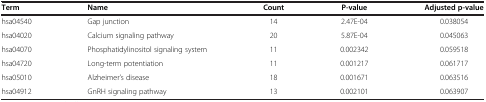
| Term | Name | Count | P-value | Adjusted p-value |
 | --- | --- | --- | --- | --- |
 | hsa04540 | Gap junction | 14 | 2.47E-04 | 0.038054 |
 | hsa04020 | Calcium signaling pathway | 20 | 5.87E-04 | 0.045063 |
 | hsa04070 | Phosphatidylinositol signaling system | 11 | 0.002342 | 0.059518 |
 | hsa04720 | Long-term potentiation | 11 | 0.001217 | 0.061717 |
 | hsa05010 | Alzheimer’s disease | 18 | 0.001671 | 0.063516 |
 | hsa04912 | GnRH signaling pathway | 13 | 0.002101 | 0.063907 |